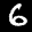
Label: 6